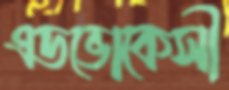
এডভোকেসী